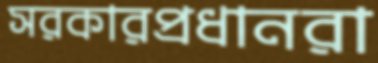
সরকারপ্রধানরা